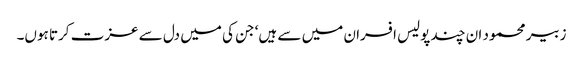
زبیر محمود ان چند پولیس افسران میں سے ہیں‘ جن کی میں دل سے عزت کرتا ہوں۔